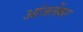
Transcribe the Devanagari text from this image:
आंजर्लेकर